Insane asylums in Bengal annual reports 1867-1875 - 1867-1875
Year: 1867
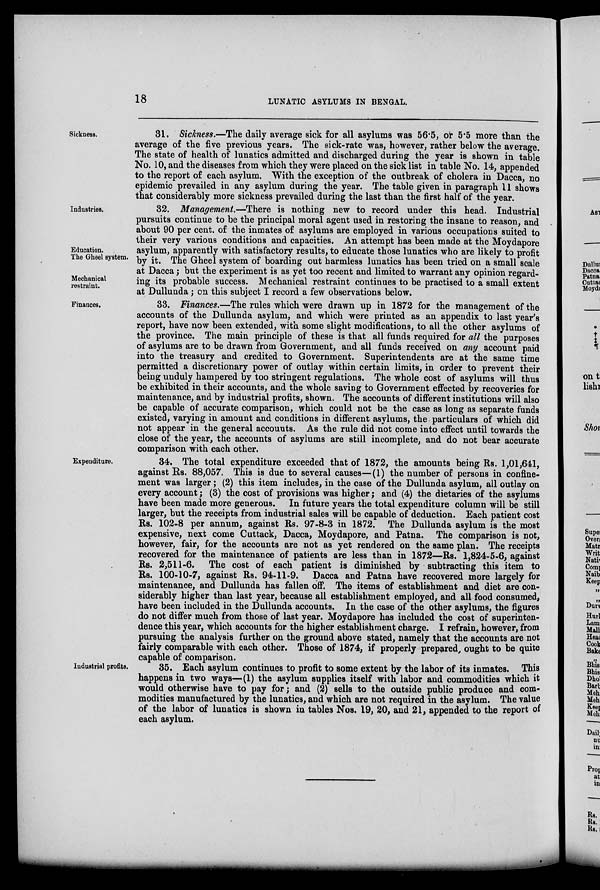
18
LUNATIC ASYLUMS IN BENGAL.
Sickness.
31. Sickness.—The daily average sick for all asylums was 56.5, or 5.5 more than the
average of the five previous years. The sick-rate was, however, rather below the average.
The state of health of lunatics admitted and discharged during the year is shown in table
No. 10, and the diseases from which they were placed on the sick list in table No. 14, appended
to the report of each asylum. With the exception of the outbreak of cholera in Dacca, no
epidemic prevailed in any asylum during the year. The table given in paragraph 11 shows
that considerably more sickness prevailed during the last than the first half of the year.
Industries.
Education.
The Gheel system.
Mechanical
restraint.
32. Management.—There is nothing new to record under this head. Industrial
pursuits continue to be the principal moral agent used in restoring the insane to reason, and
about 90 per cent. of the inmates of asylums are employed in various occupations suited to
their very various conditions and capacities. An attempt has been made at the Moydapore
asylum, apparently with satisfactory results, to educate those lunatics who are likely to profit
by it. The Gheel system of boarding out harmless lunatics has been tried on a small scale
at Dacca; but the experiment is as yet too recent and limited to warrant any opinion regard-
ing its probable success. Mechanical restraint continues to be practised to a small extent
at Dullunda; on this subject I record a few observations below.
Finances.
33. Finances.—The rules which were drawn up in 1872 for the management of the
accounts of the Dullunda asylum, and which were printed as an appendix to last year's
report, have now been extended, with some slight modifications, to all the other asylums of
the province. The main principle of these is that all funds required for all the purposes
of asylums are to be drawn from Government, and all funds received on any account paid
into the treasury and credited to Government. Superintendents are at the same time
permitted a discretionary power of outlay within certain limits, in order to prevent their
being unduly hampered by too stringent regulations. The whole cost of asylums will thus
be exhibited in their accounts, and the whole saving to Government effected by recoveries for
maintenance, and by industrial profits, shown. The accounts of different institutions will also
be capable of accurate comparison, which could not be the case as long as separate funds
existed, varying in amount and conditions in different asylums, the particulars of which did
not appear in the general accounts. As the rule did not come into effect until towards the
close of the year, the accounts of asylums are still incomplete, and do not bear accurate
comparison with each other.
Expenditure.
34. The total expenditure exceeded that of 1872, the amounts being Rs. 1,01,641,
against Rs. 88,057. This is due to several causes—(1) the number of persons in confine-
ment was larger; (2) this item includes, in the case of the Dullunda asylum, all outlay on
every account; (3) the cost of provisions was higher; and (4) the dietaries of the asylums
have been made more generous. In future years the total expenditure column will be still
larger, but the receipts from industrial sales will be capable of deduction. Each patient cost
Rs. 102-8 per annum, against Rs. 97-8-3 in 1872. The Dullunda asylum is the most
expensive, next come Cuttack, Dacca, Moydapore, and Patna. The comparison is not,
however, fair, for the accounts are not as yet rendered on the same plan. The receipts
recovered for the maintenance of patients are less than in 1872—Rs. 1,824-5-6, against
Rs. 2,511-6. The cost of each patient is diminished by subtracting this item to
Rs. 100-10-7, against Rs. 94-11-9. Dacca and Patna have recovered more largely for
maintenance, and Dullunda has fallen off. The items of establishment and diet are con-
siderably higher than last year, because all establishment employed, and all food consumed,
have been included in the Dullunda accounts. In the case of the other asylums, the figures
do not differ much from those of last year. Moydapore has included the cost of superinten-
dence this year, which accounts for the higher establishment charge. I refrain, however, from
pursuing the analysis further on the ground above stated, namely that the accounts are not
fairly comparable with each other. Those of 1874, if properly prepared, ought to be quite
capable of comparison.
Industrial profits.
35. Each asylum continues to profit to some extent by the labor of its inmates. This
happens in two ways—(1) the asylum supplies itself with labor and commodities which it
would otherwise have to pay for; and (2) sells to the outside public produce and com-
modities manufactured by the lunatics, and which are not required in the asylum. The value
of the labor of lunatics is shown in tables Nos. 19, 20, and 21, appended to the report of
each asylum.